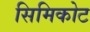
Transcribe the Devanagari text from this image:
सिमिकोट